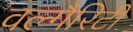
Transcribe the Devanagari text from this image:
वल्गैरिटी